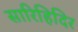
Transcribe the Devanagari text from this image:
सारिहिदिर